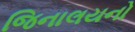
જિનાલયનો